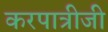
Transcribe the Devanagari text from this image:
करपात्रीजी